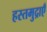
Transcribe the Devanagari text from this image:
हस्तमुद्राएँ